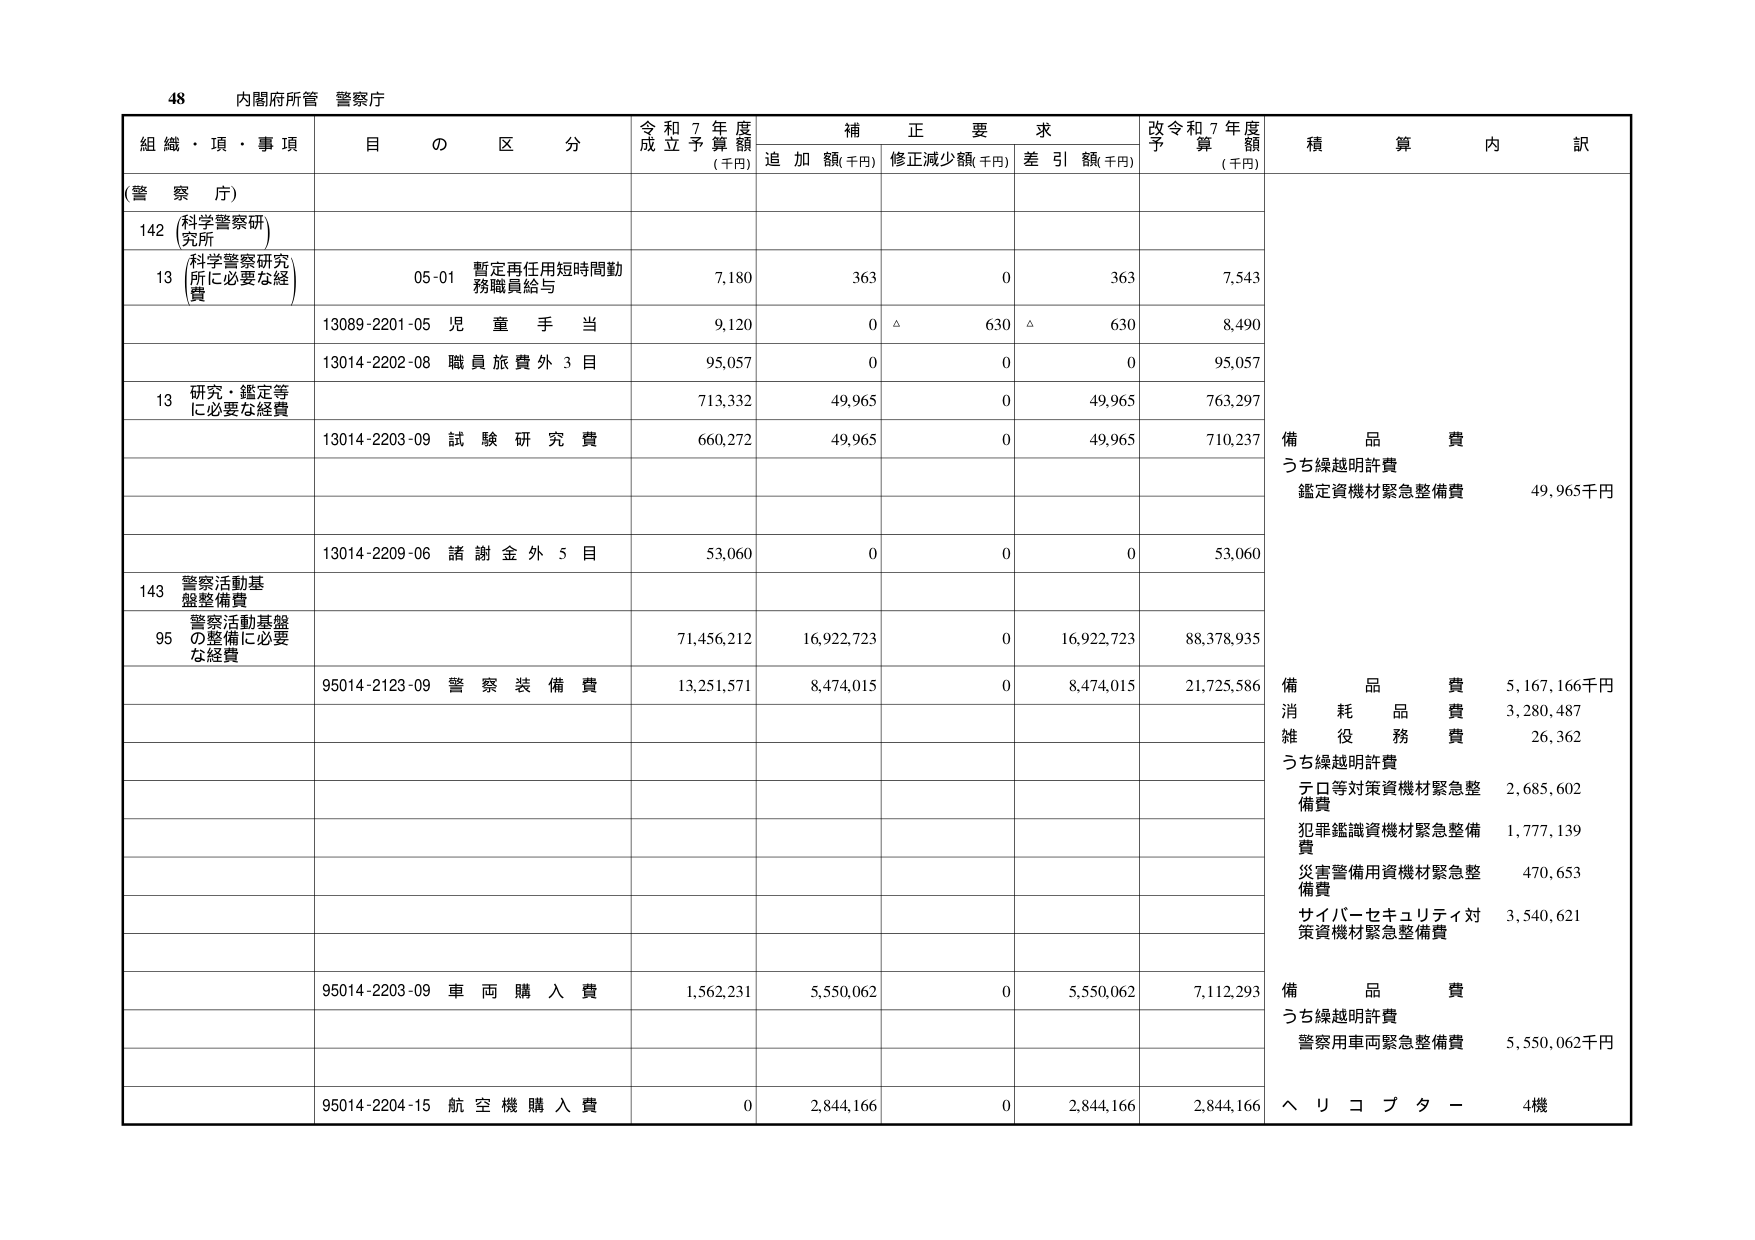
48 内閣府所管 警察庁

組織・項・事項 目の区分 令和7年度成立予算額(千円) 補正要求 追加額(千円) 修正減少額(千円) 差引額(千円) 改令和7年度予算額(千円) 積算内訳

(警察庁)

142 科学警察研究所

13 科学警察研究所に必要な経費 05-01 暫定再任用短時間勤務職員給与 7,180 363 0 363 7,543

13089-2201-05 児童手当 9,120 0 △ 630 △ 630 8,490

13014-2202-08 職員旅費外3目 95,057 0 0 0 95,057

13 研究・鑑定等に必要な経費 713,332 49,965 0 49,965 763,297

13014-2203-09 試験研究費 660,272 49,965 0 49,965 710,237 備品費 うち繰越明許費 鑑定資機材緊急整備費 49,965千円

13014-2209-06 諸謝金外5目 53,060 0 0 0 53,060

143 警察活動基盤整備費

95 警察活動基盤の整備に必要な経費 71,456,212 16,922,723 0 16,922,723 88,378,935

95014-2123-09 警察装備費 13,251,571 8,474,015 0 8,474,015 21,725,586 備品費 5,167,166千円 消耗品費 3,280,487 雑役務費 26,362 うち繰越明許費 テロ等対策資機材緊急整備費 2,685,602 犯罪鑑識資機材緊急整備費 1,777,139 災害警備用資機材緊急整備費 470,653 サイバーセキュリティ対策資機材緊急整備費 3,540,621

95014-2203-09 車両購入費 1,562,231 5,550,062 0 5,550,062 7,112,293 備品費 うち繰越明許費 警察用車両緊急整備費 5,550,062千円

95014-2204-15 航空機購入費 0 2,844,166 0 2,844,166 2,844,166 ヘリコプター 4機